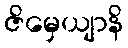
ဇိမှေယျာနိ